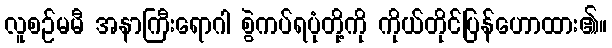
လူစဉ်မမီ အနာကြီးရောဂါ စွဲကပ်ရပုံတို့ကို ကိုယ်တိုင်ပြန်ဟောထား၏။